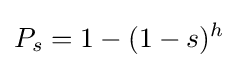
P_{s}=1-(1-s)^{h}